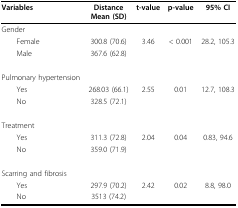
| Variables | DistanceMean (SD) | t-value | p-value | 95% CI |
 | --- | --- | --- | --- | --- |
 | Gender |  |  |  |  |
 | Female | 300.8 (70.6) | 3.46 | < 0.001 | 28.2, 105.3 |
 | Male | 367.6 (62.8) |  |  |  |
 | Pulmonary hypertension |  |  |  |  |
 | Yes | 268.03 (66.1) | 2.55 | 0.01 | 12.7, 108.3 |
 | No | 328.5 (72.1) |  |  |  |
 | Treatment |  |  |  |  |
 | Yes | 311.3 (72.8) | 2.04 | 0.04 | 0.83, 94.6 |
 | No | 359.0 (71.9) |  |  |  |
 | Scarring and fibrosis |  |  |  |  |
 | Yes | 297.9 (70.2) | 2.42 | 0.02 | 8.8, 98.0 |
 | No | 3513 (74.2) |  |  |  |